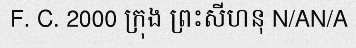
F. C. 2000 ក្រុង ព្រះសីហនុ N/AN/A